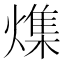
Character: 𪹯